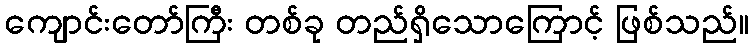
ကျောင်းတော်ကြီး တစ်ခု တည်ရှိသောကြောင့် ဖြစ်သည်။